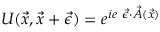
U ( \vec { x } , \vec { x } + \vec { \epsilon } ) = e ^ { i e ~ \vec { \epsilon } \cdot \vec { A } ( \vec { x } ) }